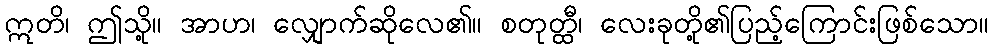
ဣတိ၊ ဤသို့။ အာဟ၊ လျှောက်ဆိုလေ၏။ စတုတ္ထီ၊ လေးခုတို့၏ပြည့်ကြောင်းဖြစ်သော။